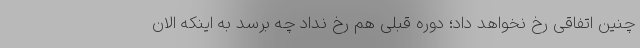
چنین اتفاقی رخ نخواهد داد؛ دوره قبلی هم رخ نداد چه برسد به اینکه الان